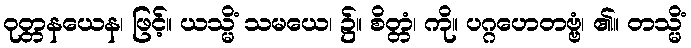
ဝုတ္တနယေန၊ ဖြင့်။ ယသ္မိံ သမယေ၊ ၌။ စိတ္တံ၊ ကို။ ပဂ္ဂဟေတဗ္ဗံ၊ ၏။ တသ္မိံ